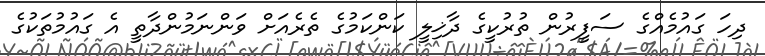
ދިހަ ގައުމެއްގެ ސަފީރުން ތުރުކީގެ ދާޚިލީ ކަންކަމުގެ ތެރެއަށް ވަންނަމުންދާތީ އެ ގައުމުތަކުގެ